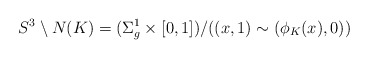
\begin{align*}S^3 \setminus N(K) = (\Sigma_g^1 \times [0,1])/ ((x, 1) \sim (\phi_K(x), 0))\end{align*}